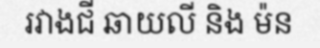
រវាងជី ឆាយលី និង ម៉ន